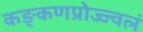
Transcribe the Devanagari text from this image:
कङ्कणप्रोज्ज्वलं